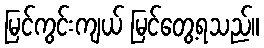
မြင်ကွင်းကျယ် မြင်တွေ့ရသည်။